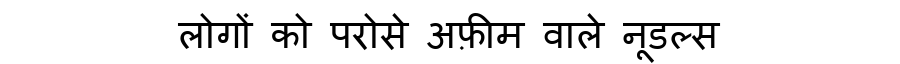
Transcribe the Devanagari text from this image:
लोगों को परोसे अफ़ीम वाले नूडल्स